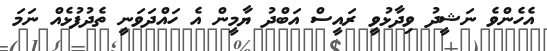
އެހެންވެ ނަޝީދު ވިދާޅުވީ ރައީސް އަބްދު ޔާމީން އެ ހައްދަވަނީ ތެދުފުޅެއް ނަމަ